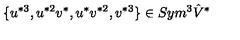
\{ u ^ { * 3 } , u ^ { * 2 } v ^ { * } , u ^ { * } v ^ { * 2 } , v ^ { * 3 } \} \in S y m ^ { 3 } \hat { V } ^ { * }